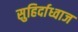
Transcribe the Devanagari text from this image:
सुहिर्दाध्वाज